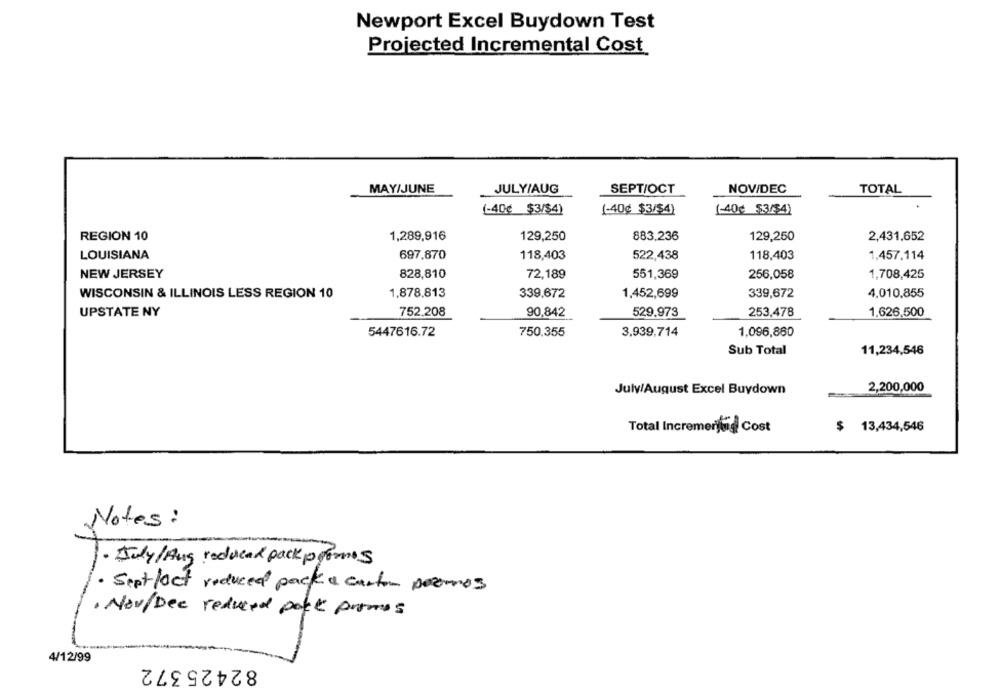
Newport Excel Buydown Test
Projected Incremental Cost
MAY/JUNE
JULY/AUG
SEPT/OCT
NOV/DEC
TOTAL
(-40¢ $3/$4)
(-40¢ $3/$4)
(-40€ $3/$4)
REGION 10
1,289,916
129,250
883,236
129,250
2,431,652
LOUISIANA
697.870
118,403
522,438
118,403
1,457,114
NEW JERSEY
828,810
72,189
551,369
256,058
1,708,425
WISCONSIN & ILLINOIS LESS REGION 10
1,878,813
339,672
1,452,699
339,672
4.010,855
752.208
253,478
1.626,500
UPSTATE NY
90,842
529.973
750.355
5447616.72
3,939,714
1,096,880
Sub Total
11,234,546
2,200,000
July/August Excel Buydown
Total Incrementing Cost
$ 13,434,546
Notes:
1. July/Aug reduced pack promos
· Sept /oct reduced pack & carton pormos
· Nov/Dec reduced pack promos
4/12/99
82425372